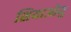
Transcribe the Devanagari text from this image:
शियाओयु